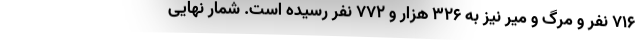
۷۱۶ نفر و مرگ و میر نیز به ۳۲۶ هزار و ۷۷۲ نفر رسیده است. شمار نهایی